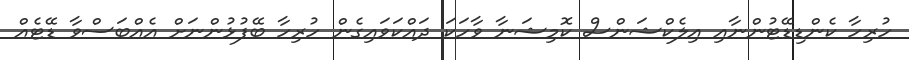
ހުރިހާ ކެންޑިޑޭޓުންނާއި އިލެކްޝަންސް ކޮމިޝަނާ ވާހަކަ ދައްކަވައިގެން ހުރިހާ ބޭފުޅުންނަށް އެއްބަސްވާ ޑޭޓެއް